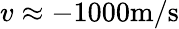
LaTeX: v\approx-1000\mathrm{m/s}